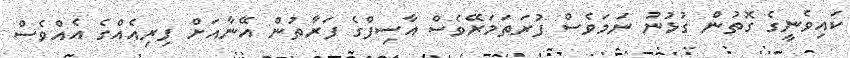
ކައިވެނީގެ ގޮތުން ގުޅުނު ނަމަވެސް ފުރަތަމަރޭވެސް އާސިފްގެ ފަރާތުން އޭނާއަށް ފިރިއެއްގެ އެއްވެސް